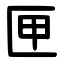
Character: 匣